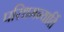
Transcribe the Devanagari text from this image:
परिधमन्यार्ति